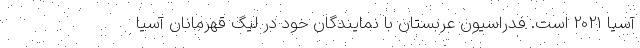
آسیا 2021 است. فدراسیون عربستان با نمایندگان خود در لیگ قهرمانان آسیا